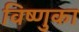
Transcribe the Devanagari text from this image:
विष्णुका